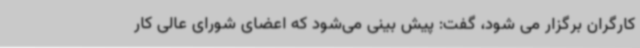
کارگران برگزار می شود، گفت: پیش بینی می‌شود که اعضای شورای عالی کار